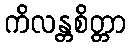
ကိလန္တစိတ္တာ